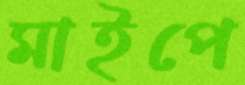
মাইপে